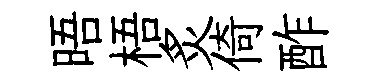
晤梧炙倚酢